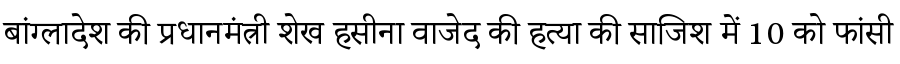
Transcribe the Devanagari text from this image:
बांग्लादेश की प्रधानमंत्री शेख हसीना वाजेद की हत्या की साजिश में 10 को फांसी